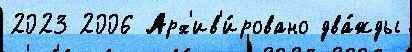
2023 2006 Арх'ив'и́ровано два́жды